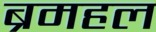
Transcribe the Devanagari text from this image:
ब्रमहल